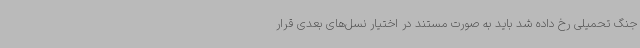
جنگ تحمیلی رخ داده شد باید به صورت مستند در اختیار نسل‌های بعدی قرار